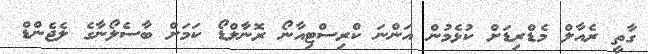
ގާތީ ރެއާލް މެޑްރިޑަށް ކުޅެމުން އަންނަ ކްރިސްޓިއާނޯ ރޮނާލްޑޯ ކަމަށް ބާސެލޯނާގެ ލެޖެންޑް